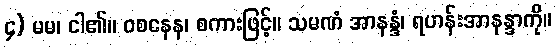
၄) မမ၊ ငါ၏။ ဝစနေန၊ စကားဖြင့်။ သမဏံ အာနန္ဒံ၊ ရဟန်းအာနန္ဒာကို။